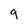
Character: g